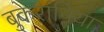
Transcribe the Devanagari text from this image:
बुकरानिया